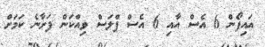
އައިފޯން 6 އެސް އާއި 6 އެސް ޕްލަސް ވިއްކަން ފަށާނެ ކަމަށް